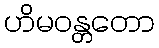
ဟိမဝန္တတော